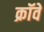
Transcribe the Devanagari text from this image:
क्रॉवे